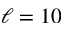
\ell = 1 0